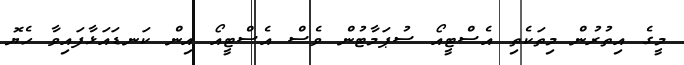
މީގެ އިތުރުން މިތަކެތި އެސްޓީއޯ ސުޕަމާޓުން ވެސް އެސްޓީއޯ އިން ކަނޑައަޅާފައިވާ ހެޔޮ